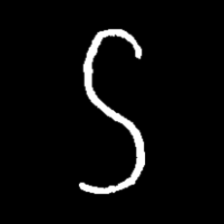
Pyu character \u2014 Myanmar letter: ဌ (romanized: ttha)